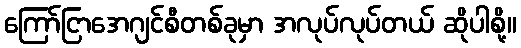
ကြော်ငြာအေဂျင်စီတစ်ခုမှာ အလုပ်လုပ်တယ် ဆိုပါစို့။